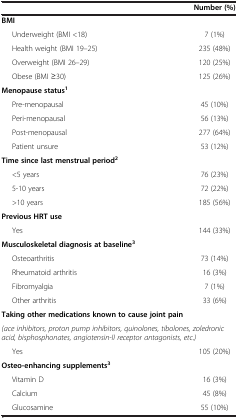
<table><thead><tr><td><b> </b></td><td><b>Number (%)</b></td></tr></thead><tbody><tr><td><b>BMI</b></td><td> </td></tr><tr><td>Underweight (BMI &lt;18)</td><td>7 (1%)</td></tr><tr><td>Health weight (BMI 19–25)</td><td>235 (48%)</td></tr><tr><td>Overweight (BMI 26–29)</td><td>120 (25%)</td></tr><tr><td>Obese (BMI ≥30)</td><td>125 (26%)</td></tr><tr><td><b>Menopause status</b><sup><b>1</b></sup></td><td> </td></tr><tr><td>Pre-menopausal</td><td>45 (10%)</td></tr><tr><td>Peri-menopausal</td><td>56 (13%)</td></tr><tr><td>Post-menopausal</td><td>277 (64%)</td></tr><tr><td>Patient unsure</td><td>53 (12%)</td></tr><tr><td><b>Time since last menstrual period</b><sup><b>2</b></sup></td><td> </td></tr><tr><td>&lt;5 years</td><td>76 (23%)</td></tr><tr><td>5-10 years</td><td>72 (22%)</td></tr><tr><td>&gt;10 years</td><td>185 (56%)</td></tr><tr><td><b>Previous HRT use</b></td><td> </td></tr><tr><td>Yes</td><td>144 (33%)</td></tr><tr><td><b>Musculoskeletal diagnosis at baseline</b><sup><b>3</b></sup></td><td> </td></tr><tr><td>Osteoarthritis</td><td>73 (14%)</td></tr><tr><td>Rheumatoid arthritis</td><td>16 (3%)</td></tr><tr><td>Fibromyalgia</td><td>7 (1%)</td></tr><tr><td>Other arthritis</td><td>33 (6%)</td></tr><tr><td><b>Taking other medications known to cause joint pain</b></td><td> </td></tr><tr><td colspan="2"><i>(ace inhibitors, proton pump inhibitors, quinolones, tibolones, zoledronic acid, bisphosphonates, angiotensin-II receptor antagonists, etc.)</i></td></tr><tr><td>Yes</td><td>105 (20%)</td></tr><tr><td><b>Osteo-enhancing supplements</b><sup><b>3</b></sup></td><td> </td></tr><tr><td>Vitamin D</td><td>16 (3%)</td></tr><tr><td>Calcium</td><td>45 (8%)</td></tr><tr><td>Glucosamine</td><td>55 (10%)</td></tr></tbody></table>